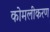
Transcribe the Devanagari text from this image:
कोमलीकरण